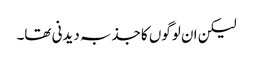
لیکن ان لوگوں کا جذبہ دیدنی تھا۔